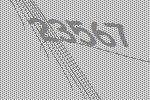
23567